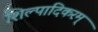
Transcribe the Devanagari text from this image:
शिल्पादिकरम्